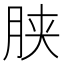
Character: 𣍰